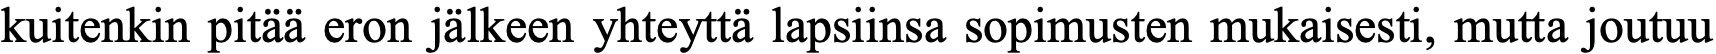
kuitenkin pitää eron jälkeen yhteyttä lapsiinsa sopimusten mukaisesti, mutta joutuu